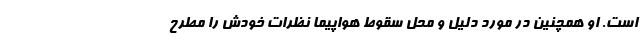
است. او همچنین در مورد دلیل و محل سقوط هواپیما نظرات خودش را مطرح